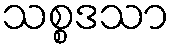
သစ္စဒသာ